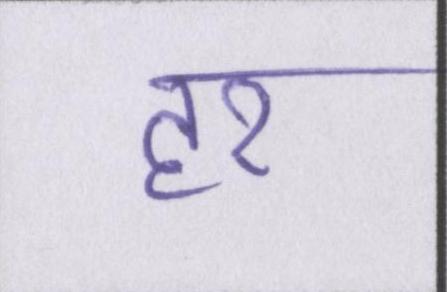
हर